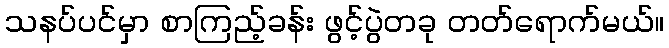
သနပ်ပင်မှာ စာကြည့်ခန်း ဖွင့်ပွဲတခု တတ်ရောက်မယ်။